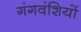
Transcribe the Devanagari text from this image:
गंगवंशियों